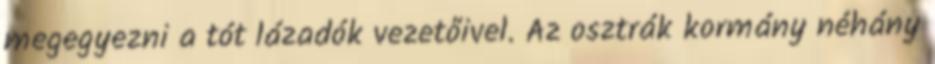
megegyezni a tót lázadók vezetőivel. Az osztrák kormány néhány